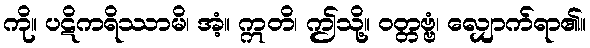
ကို။ ပဋိကရိဿာမိ၊ အံ့။ ဣတိ၊ ဤသို့။ ဝတ္တဗ္ဗံ၊ လျှောက်ရာ၏။